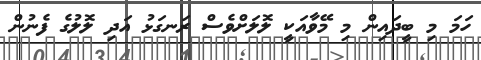
ހަމަ މި ބީދައިން މި މޭވާއަކީ ލޮލަށްވެސް ރަނގަޅު އަދި ލޮލުގެ ފެނުން